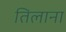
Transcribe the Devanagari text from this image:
तिलाना